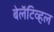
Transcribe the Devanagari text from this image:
बेलॅटिव्हल